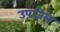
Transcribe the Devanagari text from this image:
उपज़िल